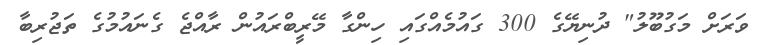
ވަރަށް މަގުބޫލު" ދުނިޔޭގެ 300 ގައުމެއްގައި ހިންގާ މޭރީބްރައުން ރާއްޖެ ގެނައުމުގެ ތަޖުރިބާ